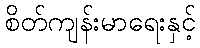
စိတ်ကျန်းမာရေးနှင့်